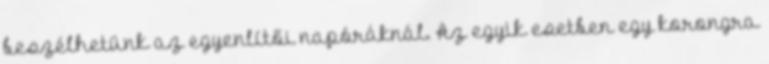
beszélhetünk az egyenlítői napóráknál. Az egyik esetben egy korongra